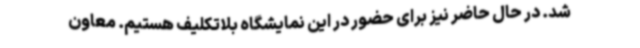
شد. در حال حاضر نیز برای حضور در این نمایشگاه بلاتکلیف هستیم. معاون